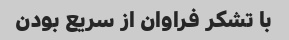
با تشکر فراوان از سریع بودن